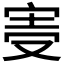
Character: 𡨊